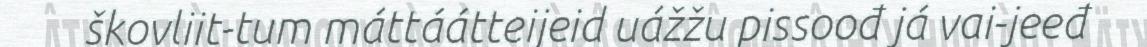
škovliit-tum máttáátteijeid uážžu pissoođ já vai-jeeđ